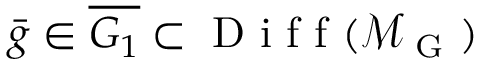
\bar { g } \in \overline { { G _ { 1 } } } \subset \mathrm { ~ D ~ i ~ f ~ f ~ } ( \mathcal { M } _ { \mathrm { ~ G ~ } } )